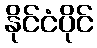
နိုင်ငံပိုင်